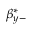
\beta _ { y - } ^ { * }